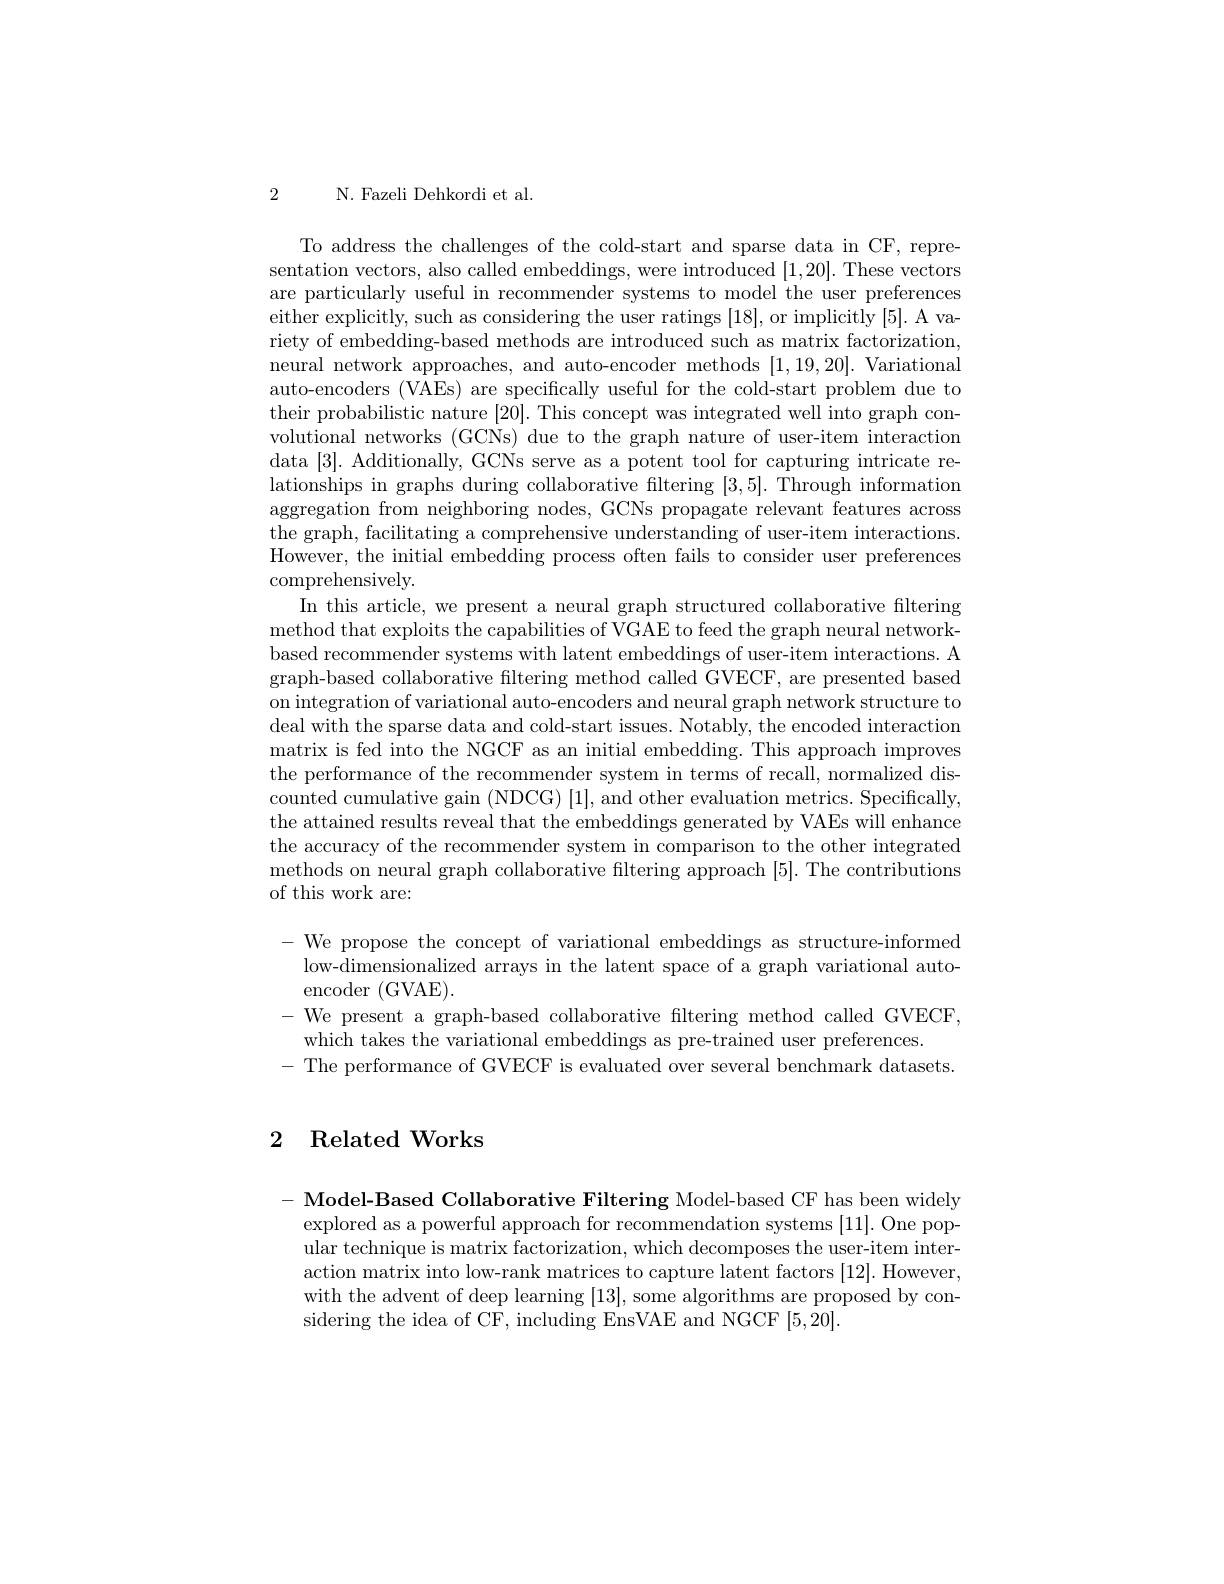
2

N. Fazeli Dehkordi et al.

To address the challenges of the cold-start and sparse data in CF, representation vectors, also called embeddings, were introduced [1,20]. These vectors are particularly useful in recommender systems to model the user preferences either explicitly, such as considering the user ratings [18], or implicitly [5]. A variety of embedding-based methods are introduced such as matrix factorization, neural network approaches, and auto-encoder methods [1,19,20]. Variational auto-encoders (VAEs) are specifically useful for the cold-start problem due to their probabilistic nature [20]. This concept was integrated well into graph convolutional networks (GCNs) due to the graph nature of user-item interaction data [3]. Additionally, GCNs serve as a potent tool for capturing intricate relationships in graphs during collaborative fltering [3,5]. Through information aggregation from neighboring nodes, GCNs propagate relevant features across the graph, facilitating a comprehensive understanding of user-item interactions. However, the initial embedding process often fails to consider user preferences comprehensively.
In this article, we present a neural graph structured collaborative filtering method that exploits the capabilities of VGAE to feed the graph neural networkbased recommender systems with latent embeddings of user-item interactions. A graph-based collaborative filtering method called GVECF, are presented based on integration of variational auto-encoders and neural graph network structure to deal with the sparse data and cold-start issues. Notably, the encoded interaction matrix is fed into the NGCF as an initial embedding. This approach improves the performance of the recommender system in terms of recall, normalized discounted cumulative gain (NDCG) |1|,and other evaluation metrics. Specifically, the attained results reveal that the embeddings generated by VAEs will enhance the accuracy of the recommender system in comparison to the other integrated methods on neural graph collaborative filtering approach [5]. The contributions of this work are:

-We propose the concept of variational embeddings as structure-informed low-dimensionalized arrays in the latent space of a graph variational autoencoder (GVAE).
-We present a graph-based collaborative filtering method called GVECF,
which takes the variational embeddings as pre-trained user preferences.
- The performance of GVECF is evaluated over several benchmark datasets.

# 2 Related Works

- Model-Based Collaborative Filtering Model-based CF has been widely
explored as a powerful approach for recommendation systems [11]. One popular technique is matrix factorization, which decomposes the user-item interaction matrix into low-rank matrices to capture latent factors [12]. However, with the advent of deep learning [13],some algorithms are proposed by considering the idea of CF, including EnsVAE and NGCF [5,20].